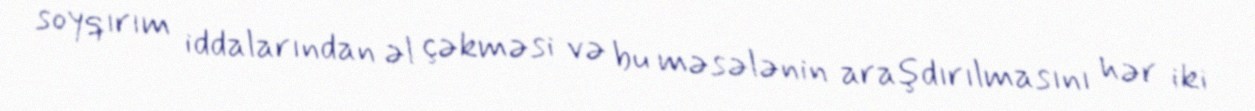
soyqırım iddalarından əl çəkməsi və bu məsələnin araşdırılmasını hər iki